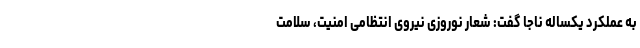
به عملکرد یکساله ناجا گفت: شعار نوروزی نیروی انتظامی امنیت، سلامت